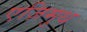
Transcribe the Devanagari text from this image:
एज़िमुथ